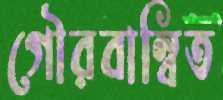
গৌরবান্বিত